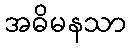
အဓိမနသာ